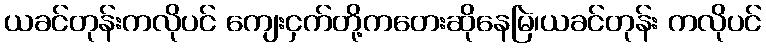
ယခင်တုန်းကလိုပင် ကျေးငှက်တို့ကတေးဆိုနေမြဲ၊ယခင်တုန်း ကလိုပင်